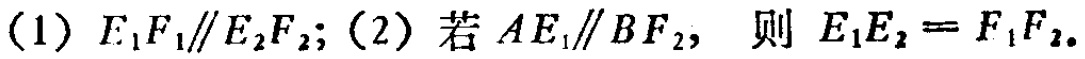
(1) \(E_{1}F_{1}\parallel E_{2}F_{2}\); (2) 若 \(AE_{1}\parallel BF_{2}\), 则 \(E_{1}E_{2}=F_{1}F_{2}\).